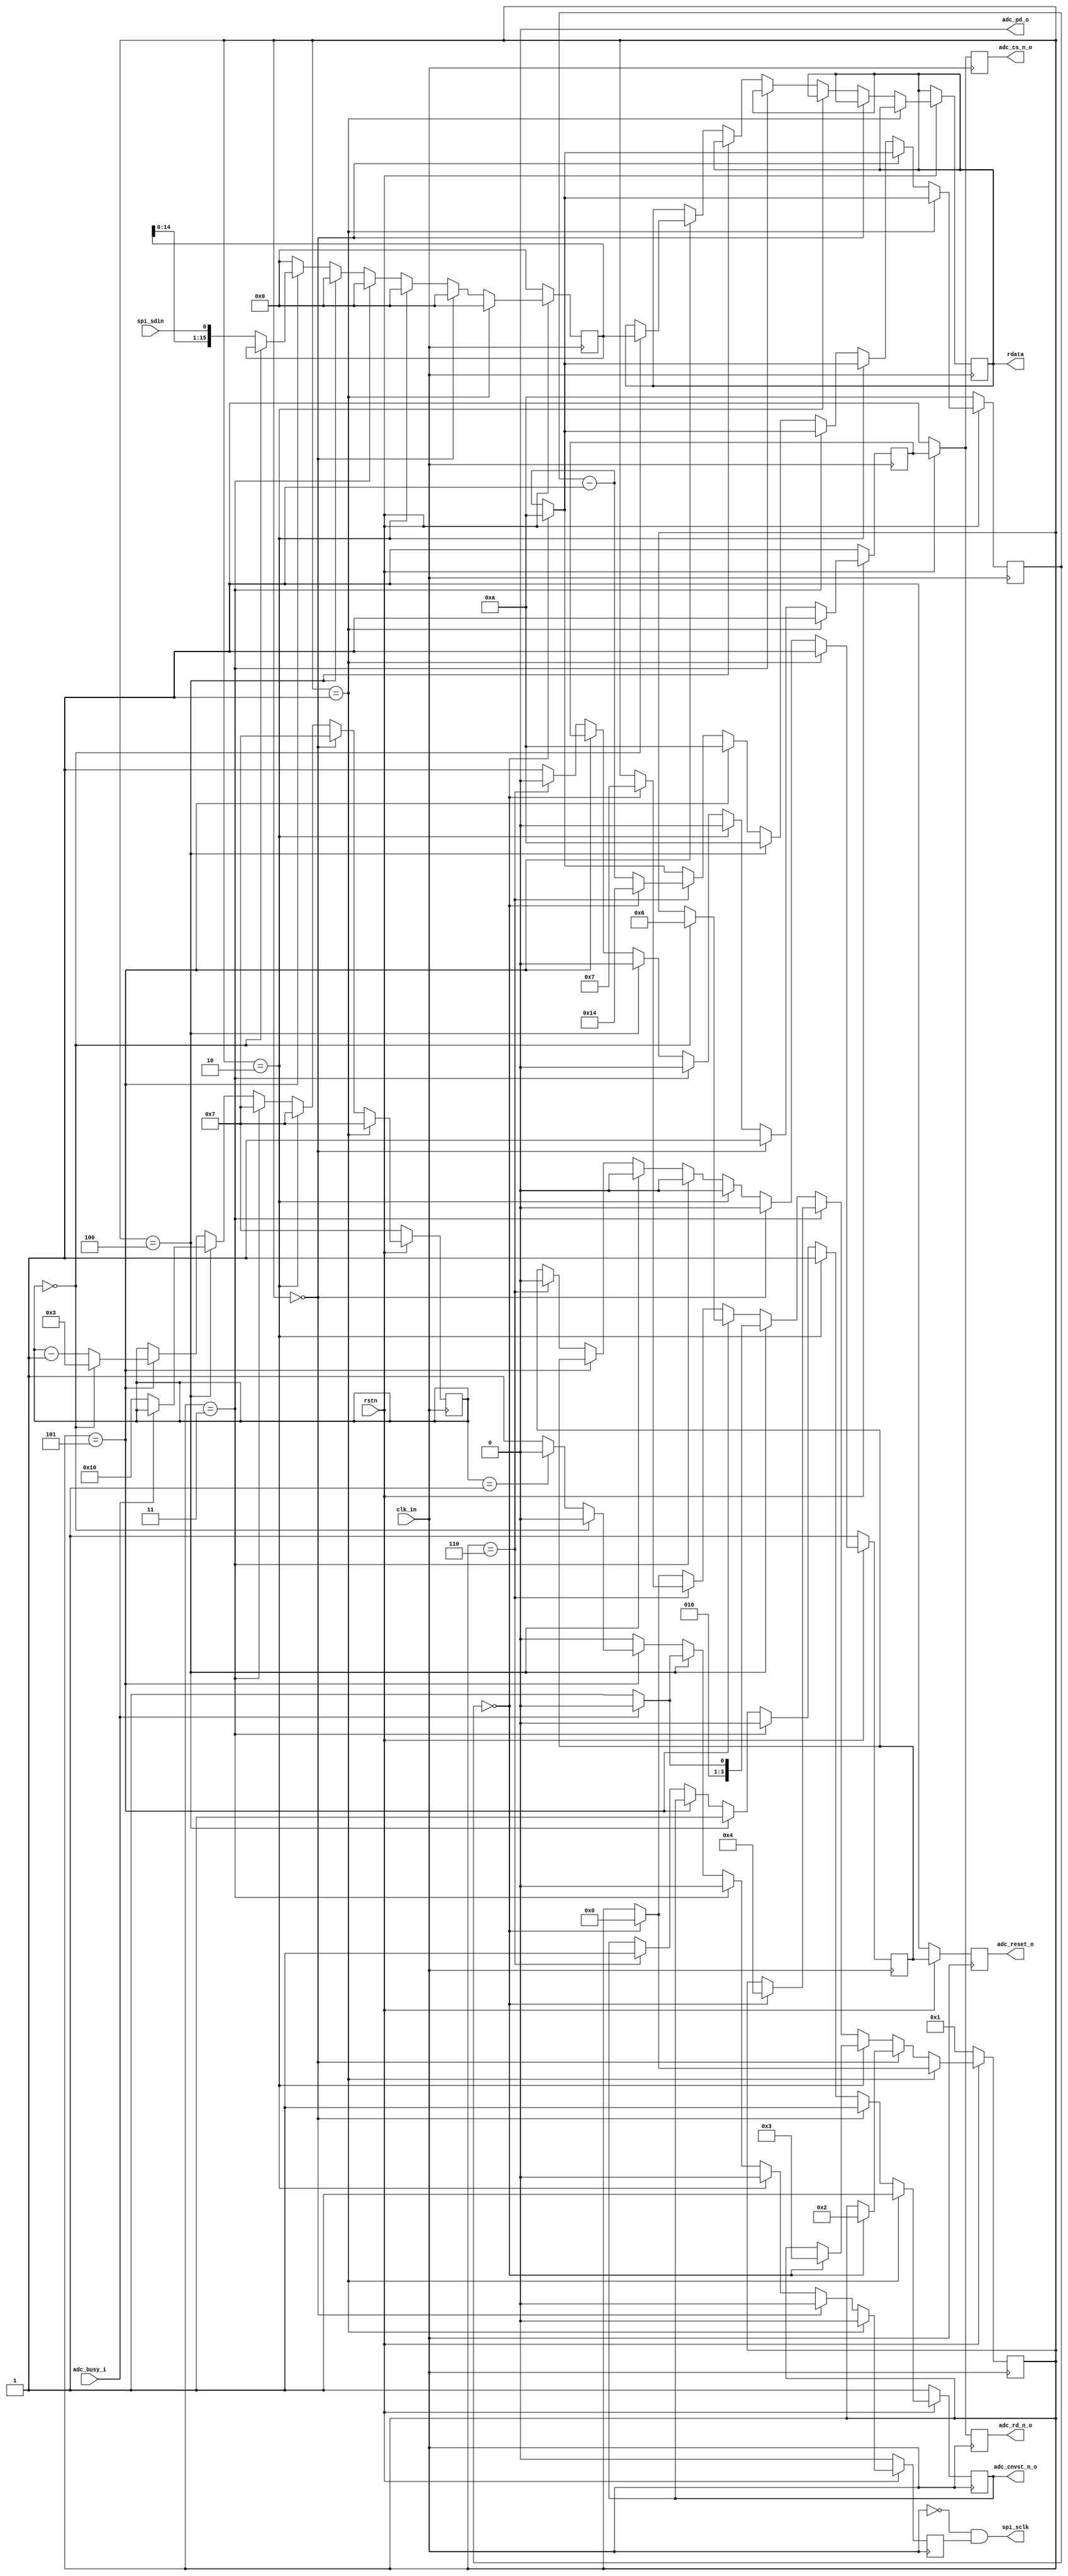


module spi_read_x16 
(
	input clk_in,
	input rstn,
	
	output reg adc_cs_n_o,
	output reg adc_rd_n_o,
	output adc_pd_o,
	output reg adc_cnvst_n_o,
	output reg adc_reset_o,
	input adc_busy_i,

    output [15:0] rdata,

	input  spi_sdin,
	output spi_sclk

);
	wire clk;
	wire rst;


assign clk = clk_in;
assign rst = ~rstn;

assign adc_pd_o = 1'b0;


wire spi_clk;
reg spi_ncs_u;
reg adc_reset_n;


always @(posedge clk ) begin
	if (rst)
		adc_cs_n_o <= 1'b1;		
	else
		adc_cs_n_o <= spi_ncs_u;
end


always @(posedge clk ) begin
	if (rst)
		adc_rd_n_o <= 1'b1;		
	else
		adc_rd_n_o <= spi_ncs_u;
end

always @(posedge clk ) begin
	if (rst)
		adc_reset_o <= 1'b1;		
	else
		adc_reset_o <= adc_reset_n;
end



reg clk_active;
reg clk_active_r;

//always @(posedge clk) begin
//	clk_active_r <= clk_active;
//end



assign spi_sclk = !clk & clk_active;



reg [15:0] rdata_be;
reg [3:0] state;



reg [7:0] bitno; 
reg [15:0] data_shifted;

reg [15:0] delay_cnt; 




parameter STATE_IDLE = 0;
parameter STATE_RESET = 1;
parameter STATE_RD = 2;
parameter STATE_SEN = 3;
parameter STATE_WAIT = 4;
parameter STATE_DATA = 5;
parameter STATE_DELAY = 6;
parameter STATE_TRANSEND = 7;



assign rdata = rdata_be;


always @(posedge clk) begin
	if (rst) begin
		state <= STATE_RESET;
		bitno <= 7;
		delay_cnt <= 10;
		spi_ncs_u <= 1;
		adc_reset_n <= 1;
        adc_cnvst_n_o <= 1;
        clk_active <= 0;
        data_shifted <=16'h0000;
	end else begin
	
        if (state == STATE_RESET) begin
            spi_ncs_u <= 1;
            clk_active <= 0;
            bitno <= 7;
            adc_reset_n <= 1;
            adc_cnvst_n_o <= 1;
            data_shifted <=16'h0000;
            if (delay_cnt==0) begin
                delay_cnt <= 10;
                state <= STATE_IDLE;
            end else begin
                delay_cnt<=delay_cnt-1;
            end            
        end

		
		else if (state == STATE_IDLE) begin
			spi_ncs_u <= 1;
			clk_active <= 0;
			bitno <= 7;
            adc_reset_n <= 0;
            adc_cnvst_n_o <= 1;
            data_shifted <=16'h0000;
            if (delay_cnt==0) begin
                delay_cnt <= 10;
                state <= STATE_RD;
            end else begin
                delay_cnt<=delay_cnt-1;
            end             
		end
		
		else if (state == STATE_RD) begin
            spi_ncs_u <= 0;
            clk_active <= 0;
            bitno <= 7;
            adc_reset_n <= 0;
            adc_cnvst_n_o <= 1;
            data_shifted <=16'h0000;
            if (delay_cnt==0) begin
                delay_cnt <= 10;
                state <= STATE_SEN;
            end else begin
                delay_cnt<=delay_cnt-1;
            end             
        end		
		
		else if (state == STATE_SEN) begin
            spi_ncs_u <= 0;
            clk_active <= 0;
            bitno <= 7;
            adc_reset_n <= 0;
            adc_cnvst_n_o <= 0;
            data_shifted <=16'h0000;
            if (delay_cnt==0) begin
                delay_cnt <= 10;
                state <= STATE_WAIT;
            end else begin
                delay_cnt<=delay_cnt-1;
            end              
        end		
		
			
		else if (state == STATE_WAIT) begin
			spi_ncs_u <= 0;
			clk_active <= 0;
            adc_reset_n <= 0;
            adc_cnvst_n_o <= 1;
            delay_cnt <= 10;
            data_shifted <=16'h0000;
			if (adc_busy_i == 1'b0) begin
				state <= STATE_DATA;
				bitno <= 16;
				clk_active <= 1;
			end else begin
				state <= STATE_WAIT;
			end			
		end 
		
		else if (state == STATE_DATA) begin
			delay_cnt <= 10;
            if (bitno==0) begin
                rdata_be<=data_shifted;
                bitno <= 3;
                clk_active <= 0;
                state <= STATE_DELAY;
            end
            else if (bitno==1) begin
                data_shifted<={data_shifted[14:0], spi_sdin};
                clk_active <= 0;
                bitno<=bitno-1;
            end            
            
            else begin
                data_shifted<={data_shifted[14:0], spi_sdin};
                bitno<=bitno-1;
                clk_active <= 1;
            end
            
            
        end 
        
		else if (state == STATE_DELAY) begin
            spi_ncs_u <= 0;
            clk_active <= 0;
            adc_reset_n <= 0;
            adc_cnvst_n_o <= 1;
            data_shifted <=16'h0000;
            if (delay_cnt==0) begin
                delay_cnt <= 20;
                state <= STATE_TRANSEND;
            end else begin
                delay_cnt<=delay_cnt-1;
            end              
        end                
        
        
        

		else begin //state=STATE_TRANSEND
			spi_ncs_u <= 1;
			clk_active <= 0;
			data_shifted <=16'h0000;
            if (delay_cnt==0) begin
                delay_cnt <= 10;
                state <= STATE_IDLE;
            end else begin
                delay_cnt<=delay_cnt-1;
            end 			
		end
	end
end


endmodule